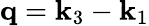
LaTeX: \mathbf{q}=\mathbf{k}_{3}-\mathbf{k}_{1}